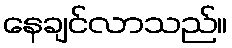
နေချင်လာသည်။